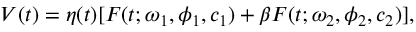
V ( t ) = \eta ( t ) [ F ( t ; \omega _ { 1 } , \phi _ { 1 } , c _ { 1 } ) + \beta F ( t ; \omega _ { 2 } , \phi _ { 2 } , c _ { 2 } ) ] ,